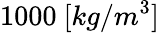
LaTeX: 1000\ [kg/m^{3}]